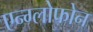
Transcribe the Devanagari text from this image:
एन्ग्लोफोन